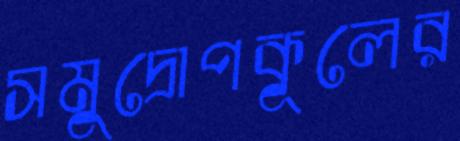
সমুদ্রোপকূলের